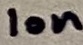
Text: 10n